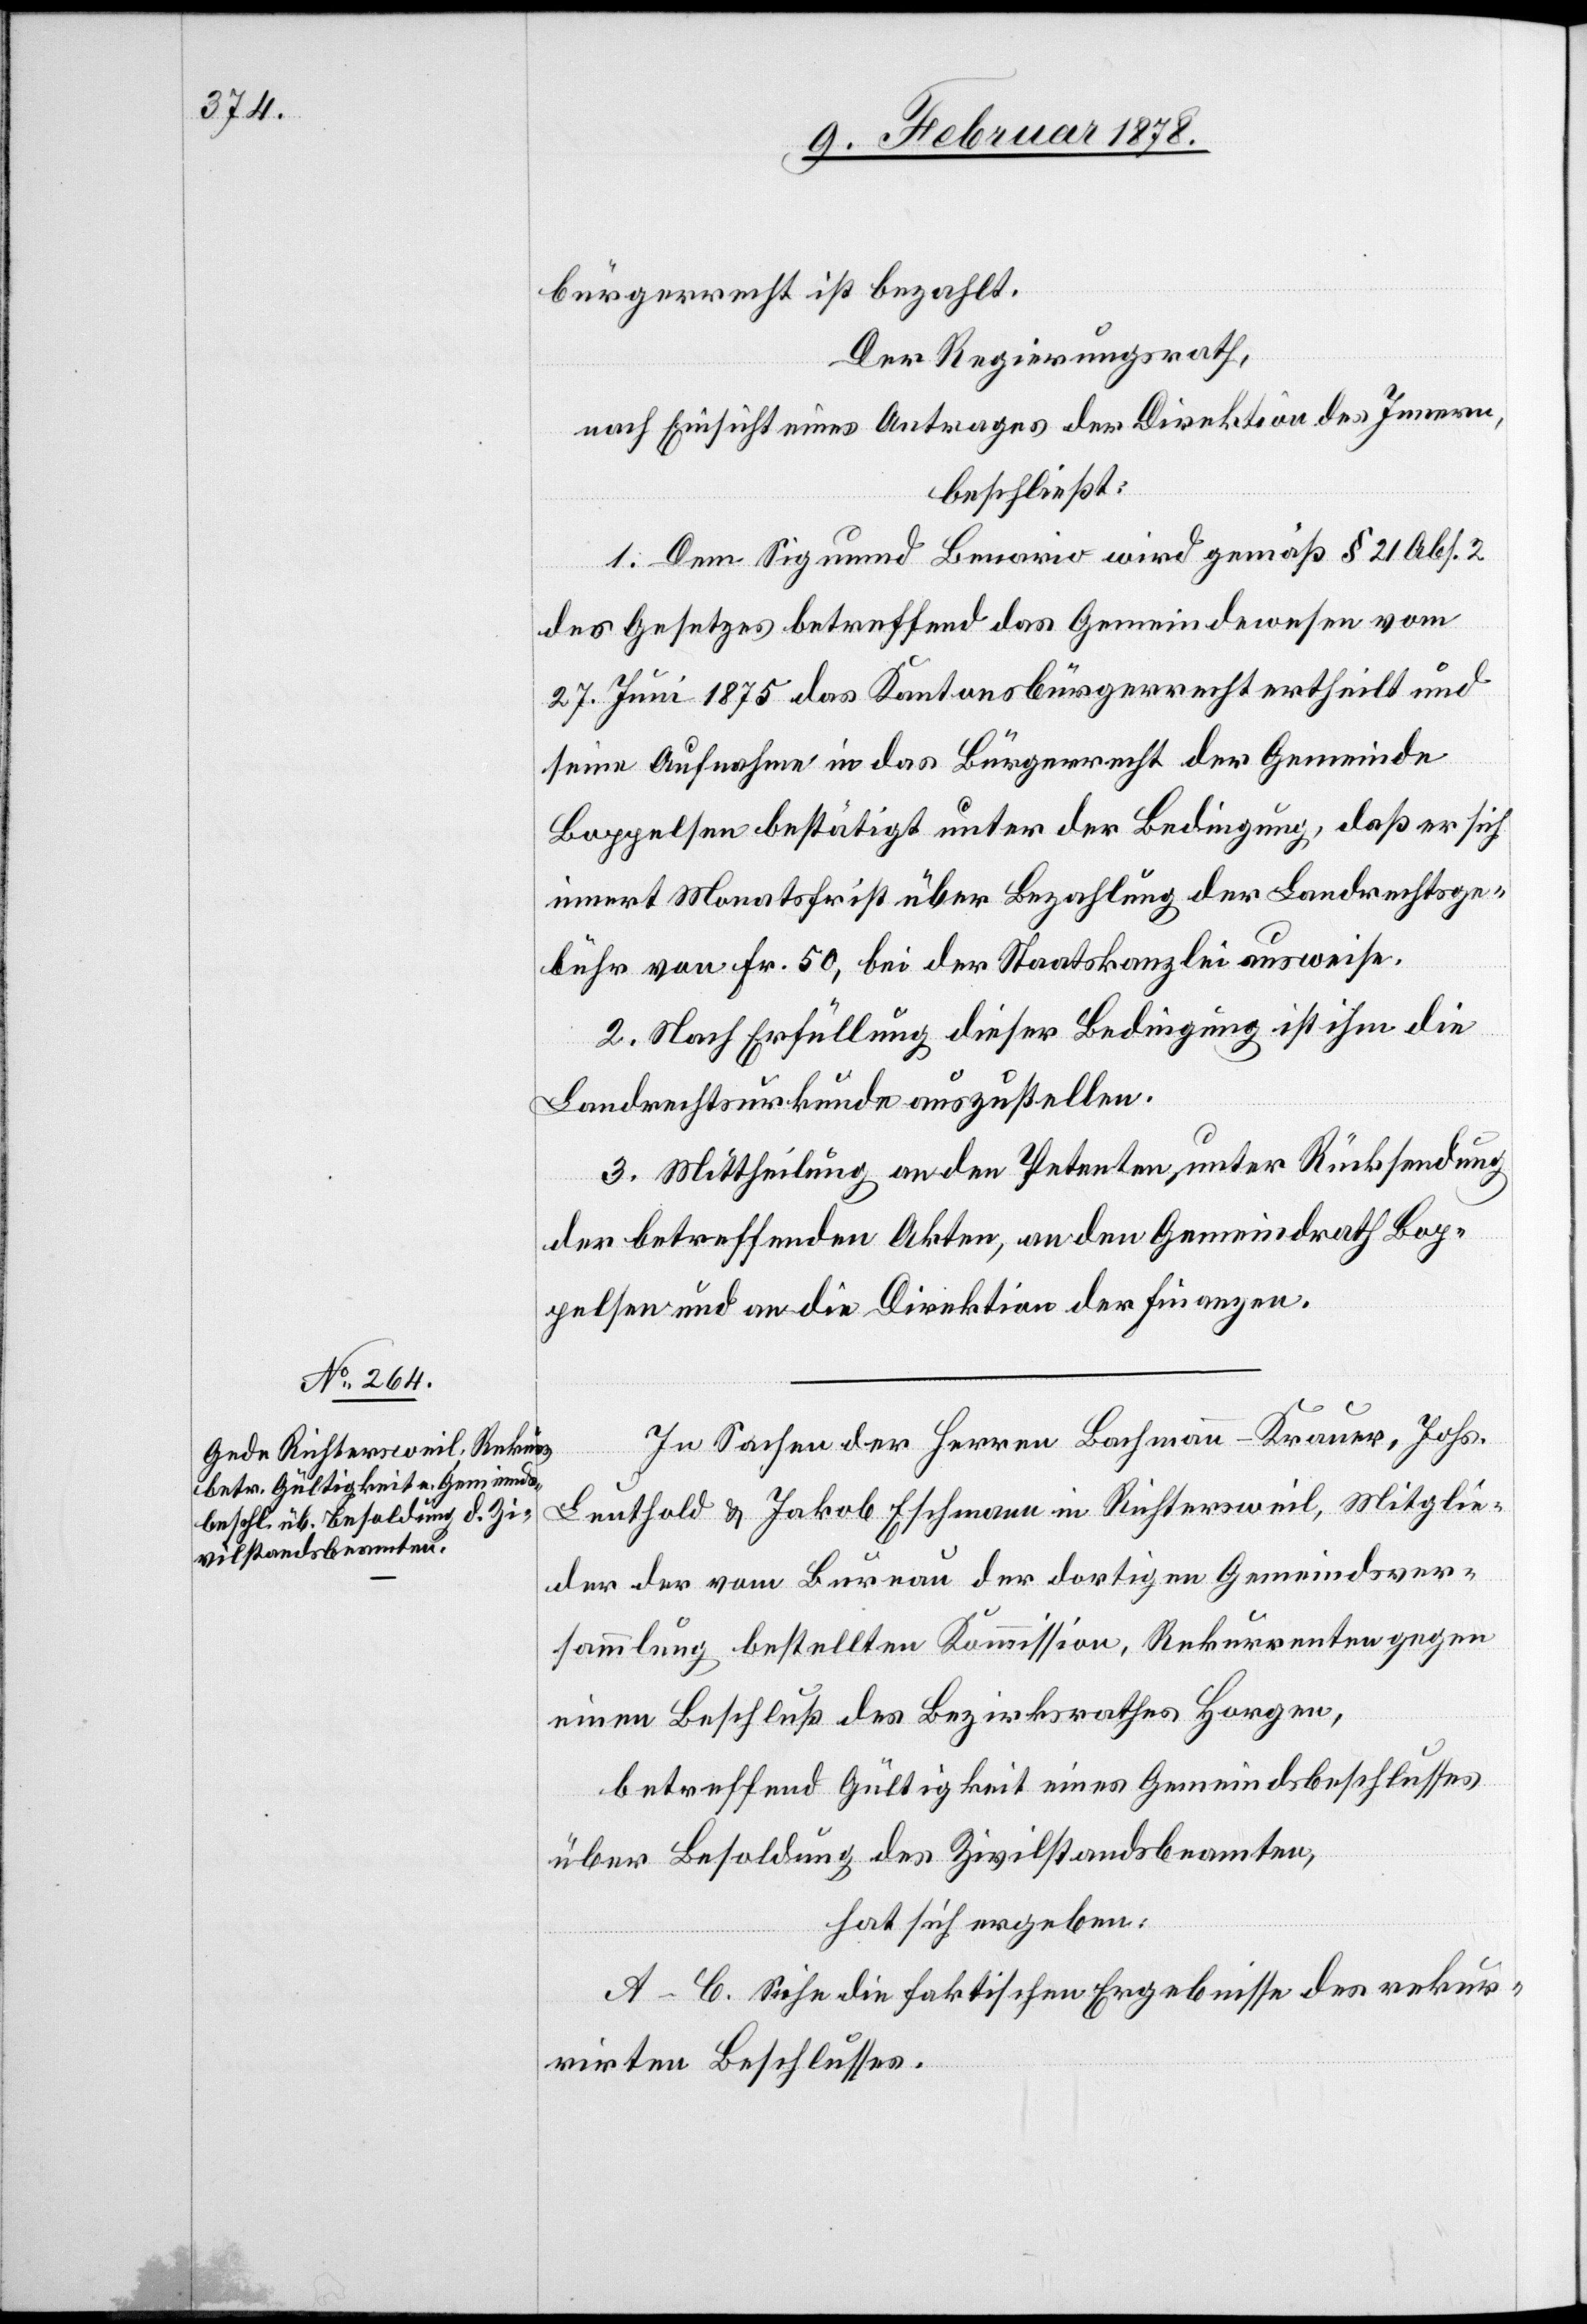
bürgerrecht ist bezahlt.
Der Regierungsrath,
nach Einsicht eines Antrages der Direktion des Innern,
beschließt:
1. Dem Sigmund Benario wird gemäß § 21 Abs. 2
des Gesetzes betreffend das Gemeindewesen vom
27. Juni 1875 das Kantonsbürgerrecht ertheilt und
seine Aufnahme in das Bürgerrecht der Gemeinde
Boppelsen bestätigt unter der Bedingung, daß er sich
innert Monatsfrist über Bezahlung der Landrechtsge¬
bühr von Fr. 50, bei der Staatskanzlei ausweise.
2. Nach Erfüllung dieser Bedingung ist ihm die
Landrechtsurkunde auszustellen.
3. Mittheilung an den Petenten, unter Rücksendung
der betreffenden Akten, an den Gemeindrath Bop¬
pelsen und an die Direktion der Finanzen.
In Sachen der Herren Bachmann-Krauer, Johs.
Leuthold & Jakob Eschmann in Richtersweil, Mitglie¬
der der vom Bureau der dortigen Gemeindsver¬
sammlung bestellten Kommission, Rekurrenten gegen
einen Beschluß des Bezirksrathes Horgen,
betreffend Gültigkeit eines Gemeindsbeschlusses
über Besoldung des Zivilstandsbeamten,
hat sich ergeben:
A–B. Siehe die faktischen Ergebnisse des rekur¬
rirten Beschlusses.